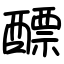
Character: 醥